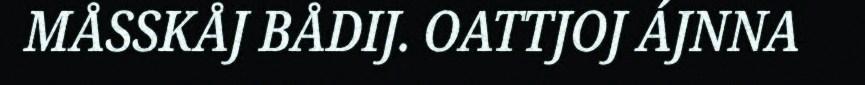
MÅSSKÅJ BÅDIJ. OATTJOJ ÁJNNA